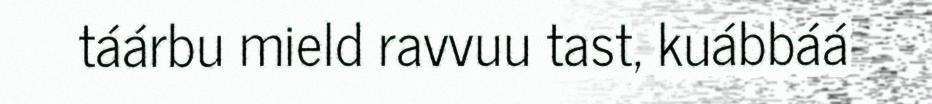
táárbu mield ravvuu tast, kuábbáá